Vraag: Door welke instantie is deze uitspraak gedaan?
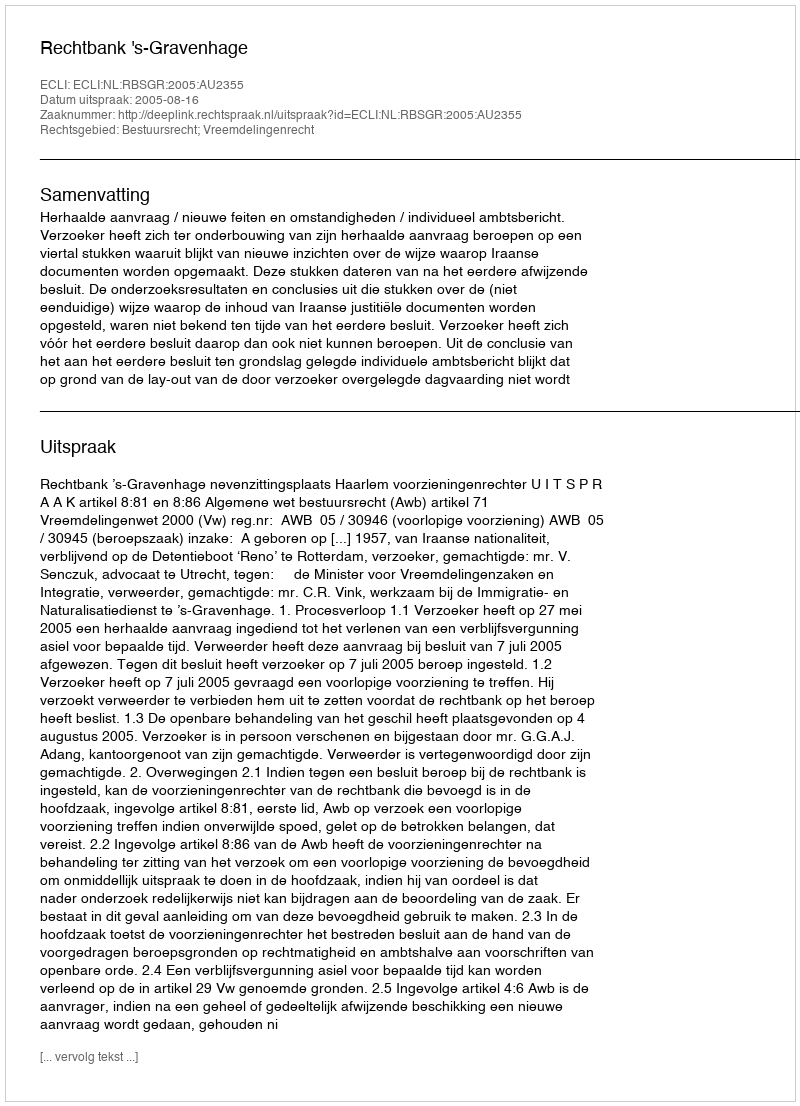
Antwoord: Rechtbank 's-Gravenhage